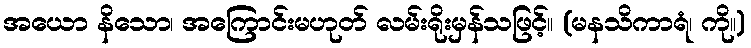
အယော နိသော၊ အကြောင်းမဟုတ် လမ်းရိုးမှန်သဖြင့်။ (မနသိကာရံ၊ ကို။)